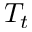
T _ { t }